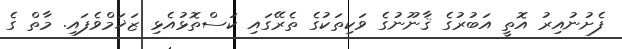
ފެށުނުއިރު އޮތީ އަބުރުގެ ޤާނޫނުގެ ވަކިތަކުގެ ތެރޭގައި ކަސްތޮޅުއެޅި ޒަޚަމްވެފައި. މާތް ގެ